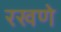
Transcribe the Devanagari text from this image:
रखणे